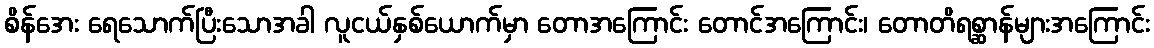
စိန်အေး ရေသောက်ပြီးသောအခါ လူငယ်နှစ်ယောက်မှာ တောအကြောင်း တောင်အကြောင်း၊ တောတိရစ္ဆာန်များအကြောင်း